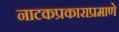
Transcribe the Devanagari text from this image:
नाटकप्रकाराप्रमाणे